Quinine and its salts - Number 41
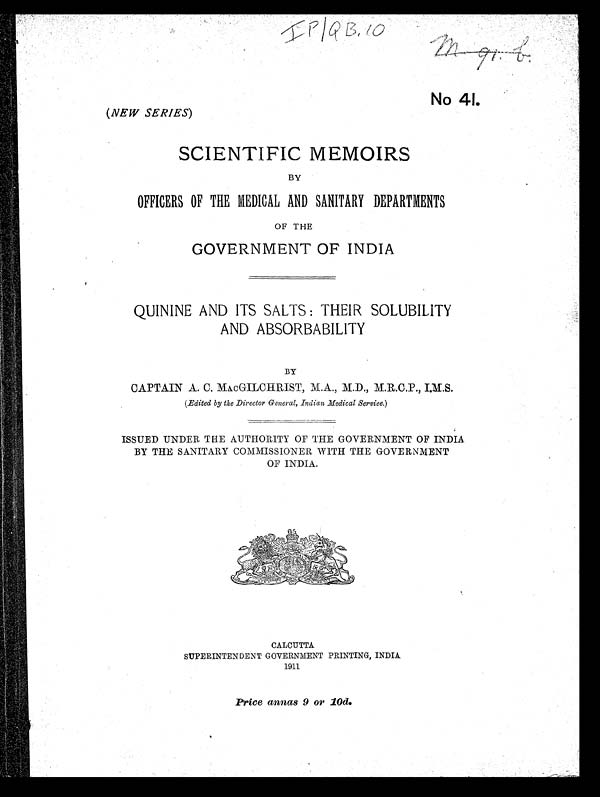
IP/QB,
10.
m 9 1 b
No 41.
(NEW SERIES)
SCIENTIFIC MEMOIRS
BY
OFFICERS OF THE MEDICAL AND SANITARY DEPARTMENTS
OF THE
GOVERNMENT OF INDIA
QUININE AND ITS SALTS : THEIR SOLUBILITY
AND ABSORBABILITY
BY
CAPTAIN A. C. MAcGILCHIRIST, M.A., M.D., M.R.C.P., I.M.S.
(Edited by the Director General, Indian, Medical Service.)
ISSUED UNDER THE AUTHORITY OF THE GOVERNMENT OF INDIA
BY THE SANITARY COMMISSIONER WITH THE GOVERNMENT
OF INDIA.
CALCUTTA
SUPERINTENDENT GOVERNMENT PRINTING, INDIA
1911
Price annas 9 or 10d.